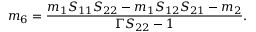
m _ { 6 } = \frac { m _ { 1 } S _ { 1 1 } S _ { 2 2 } - m _ { 1 } S _ { 1 2 } S _ { 2 1 } - m _ { 2 } } { \Gamma S _ { 2 2 } - 1 } .